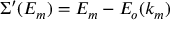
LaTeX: \Sigma ^ { \prime } ( E _ { m } ) = E _ { m } - E _ { o } ( k _ { m } )